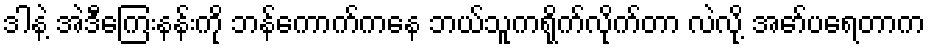
ဒါနဲ့ အဲဒီကြေးနန်းကို ဘန်ကောက်ကနေ ဘယ်သူကရိုက်လိုက်တာ လဲလို့ အော်ပရေတာက